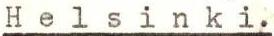
Helsinki.